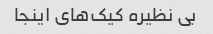
بی نظیره کیک‌های اینجا